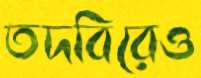
তদবিরেও